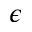
\epsilon